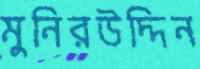
মুনিরউদ্দিন